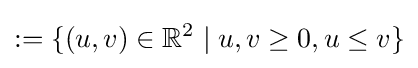
:=\{(u,v)\in \mathbb {R} ^{2}\mid u,v\geq 0,u\leq v\}